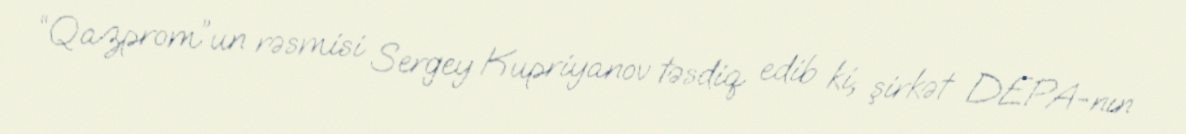
“Qazprom”un rəsmisi Sergey Kupriyanov təsdiq edib ki, şirkət DEPA-nın